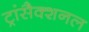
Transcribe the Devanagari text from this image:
ट्रांसैक्शनल